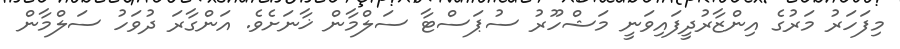
މިފަހަރު މަރުގެ އިންޒާރުދީފައިވަނީ މަޝްހޫރު ސުޕަސްޓާ ސަލްމާން ޚާނަށެވެ. އަންގާރަ ދުވަހު ސަލްމާން